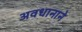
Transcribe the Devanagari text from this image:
अवधानाने